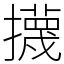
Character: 㩢